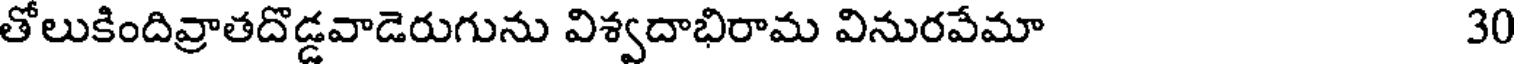
తోలుకిందివ్రాతదొడ్డవాడెరుగును విశ్వదాభిరామ వినురవేమా 30